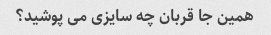
همین جا قربان چه سایزی می پوشید؟